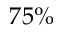
7 5 \%